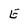
Character: E